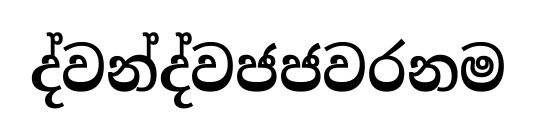
ද්වන්ද්වජජවරනම